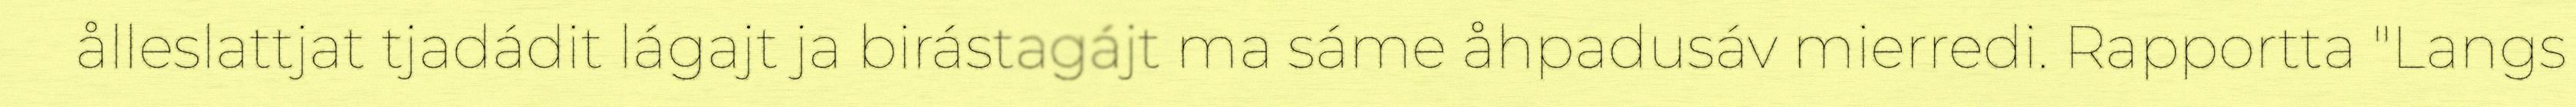
ålleslattjat tjadádit lágajt ja birástagájt ma sáme åhpadusáv mierredi. Rapportta "Langs